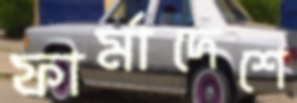
ফার্মাদেশে